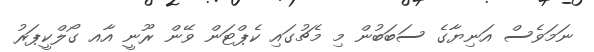
ނަމަވެސް އަނިޔާގެ ސަބަބުން މި މެޗުގައި ކެޕްޓަން ވޭން ރޫނީ އާއ ގޯލްކީޕަރު